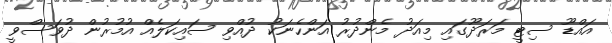
އައްޑޫ ސިޓީ މަރަދޫގައި މިއަދު މެންދުރު އަންހެނަކު ދުއްވި ސައިކަލެއް އުމުރުން ދުވަސްވީ